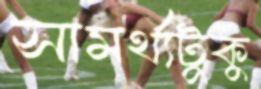
সামর্থ্যটুকু